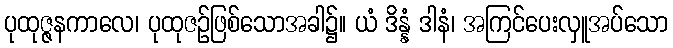
ပုထုဇ္ဇနကာလေ၊ ပုထုဇဉ်ဖြစ်သောအခါ၌။ ယံ ဒိန္နံ ဒါနံ၊ အကြင်ပေးလှူအပ်သော